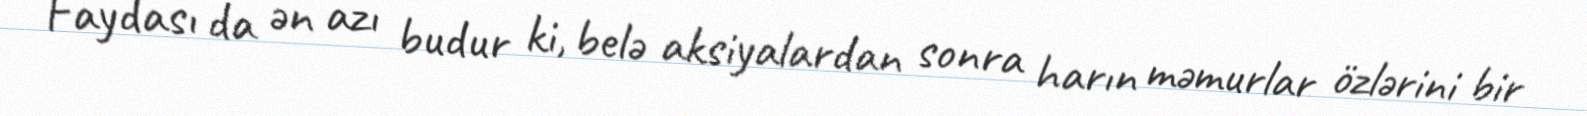
Faydası da ən azı budur ki, belə aksiyalardan sonra harın məmurlar özlərini bir